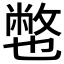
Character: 𱎏